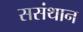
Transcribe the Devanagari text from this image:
ससंथान